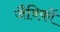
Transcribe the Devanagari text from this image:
जैविकों